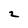
Character: 2